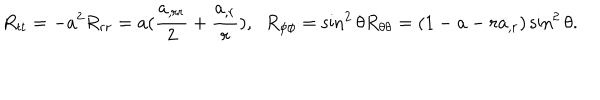
R _ { t t } = - a ^ { 2 } R _ { r r } = a ( \frac { a _ { , r r } } { 2 } + \frac { a _ { , r } } { r } ) , \; \; R _ { \phi \phi } = \sin ^ { 2 } \theta R _ { \theta \theta } = ( 1 - a - r a _ { , r } ) \sin ^ { 2 } \theta .